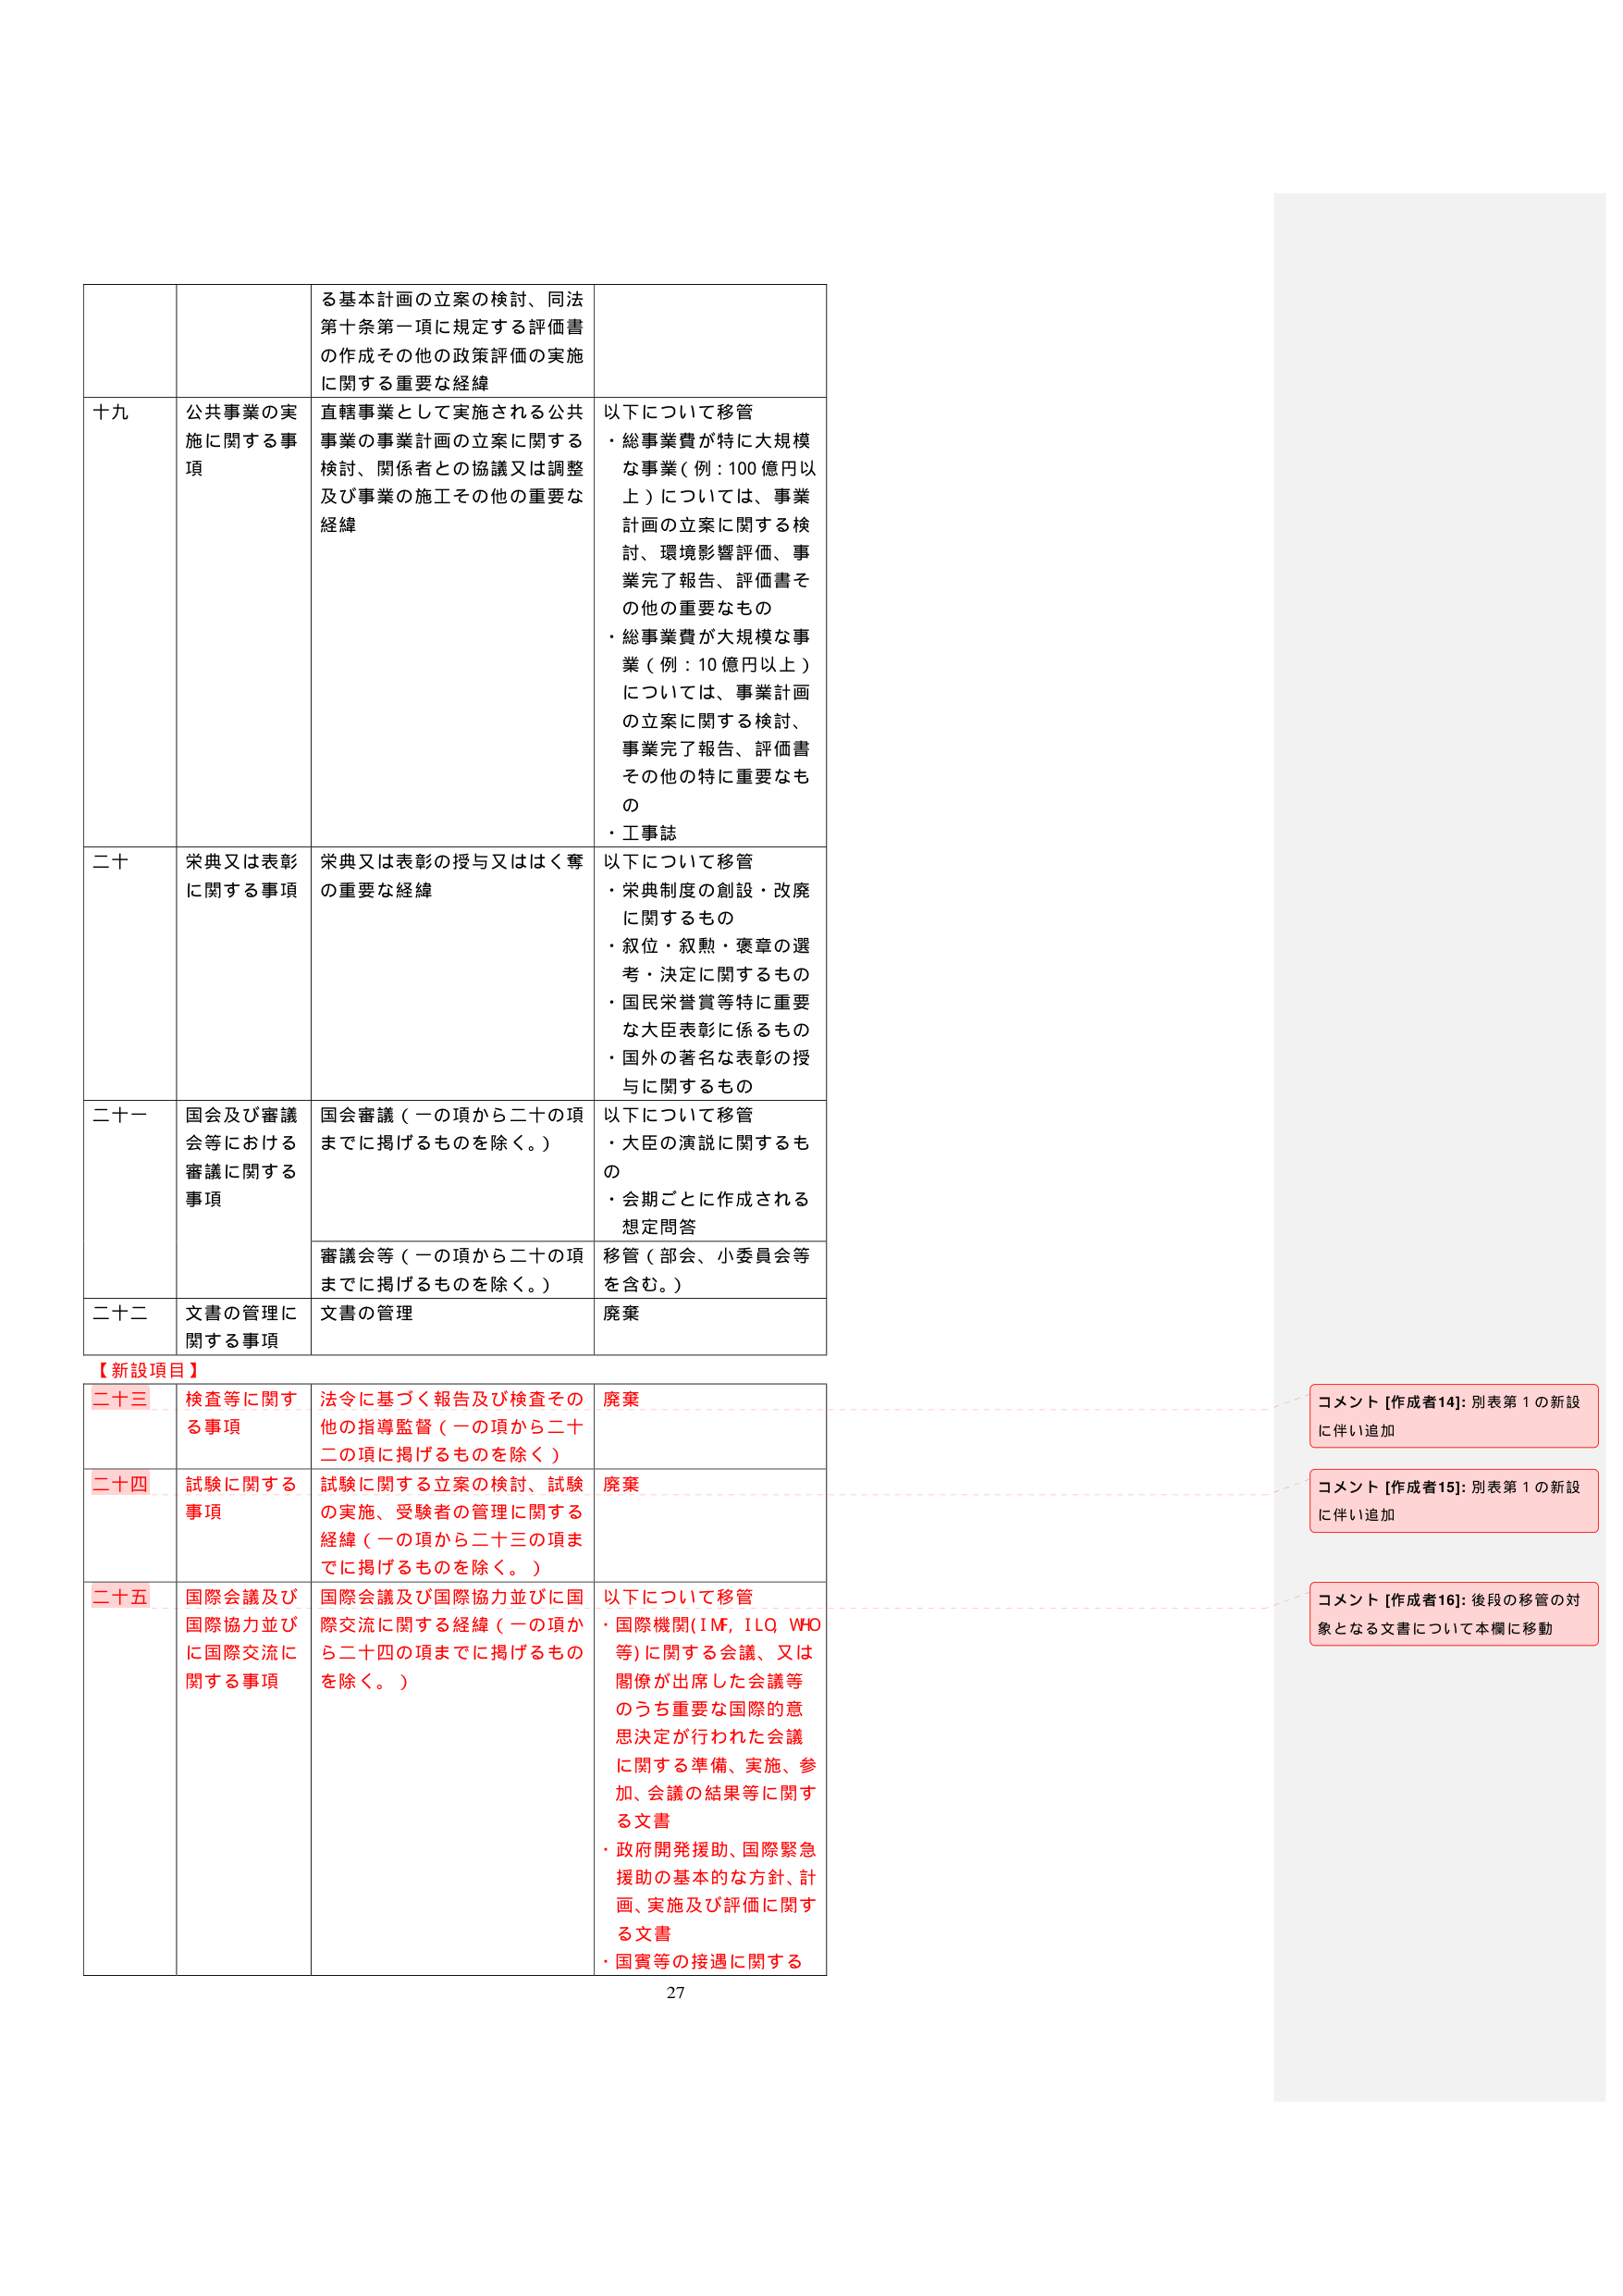
る基本計画の立案の検討、同法
第十条第一項に規定する評価書
の作成その他の政策評価の実施
に関する重要な経緯

十九 公共事業の実
施に関する事
項
直轄事業として実施される公共
事業の事業計画の立案に関する
検討、関係者との協議又は調整
及び事業の施工その他の重要な
経緯
以下について移管
・総事業費が特に大規模
な事業（例：100億円以
上）については、事業
計画の立案に関する検
討、環境影響評価、事
業完了報告、評価書そ
の他の重要なもの
・総事業費が大規模な事
業（例：10億円以上）
については、事業計画
の立案に関する検討、
事業完了報告、評価書
その他の特に重要なもの
・工事誌

二十 栄典又は表彰
に関する事項
栄典又は表彰の授与又ははく奪
の重要な経緯
以下について移管
・栄典制度の創設・改廃
に関するもの
・叙位・叙勲・褒章の選
考・決定に関するもの
・国民栄誉賞等特に重要
な大臣表彰に係るもの
・国外の著名な表彰の授
与に関するもの

二十一 国会及び審議
会等における
審議に関する
事項
国会審議（一の項から二十の項
までに掲げるものを除く。）
以下について移管
・大臣の演説に関するも
の
・会期ごとに作成される
想定問答
審議会等（一の項から二十の項
までに掲げるものを除く。）
移管（部会、小委員会等
を含む。）

二十二 文書の管理に
関する事項
文書の管理
廃棄

【新設項目】
二十三 検査等に関する事項
法令に基づく報告及び検査その
他の指導監督（一の項から二十
二の項に掲げるものを除く）
廃棄

二十四 試験に関する事項
試験に関する立案の検討、試験
の実施、受験者の管理に関する
経緯（一の項から二十三の項ま
でに掲げるものを除く。）
廃棄

二十五 国際会議及び
国際協力並び
に国際交流に
関する事項
国際会議及び国際協力並びに国
際交流に関する経緯（一の項か
ら二十四の項までに掲げるもの
を除く。）
以下について移管
・国際機関（IMF, ILQ, WHO
等）に関する会議、又は
閣僚が出席した会議等
のうち重要な国際的意
思決定が行われた会議
に関する準備、実施、参
加、会議の結果等に関す
る文書
・政府開発援助、国際緊急
援助の基本的な方針、計
画、実施及び評価に関す
る文書
・国賓等の接遇に関する

コメント [作成者14]: 別表第1の新設
に伴い追加

コメント [作成者15]: 別表第1の新設
に伴い追加

コメント [作成者16]: 後段の移管の対
象となる文書について本欄に移動

27